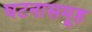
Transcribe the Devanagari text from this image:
घटनासमूह